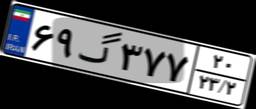
۶۹گ۳۷۷۲۰